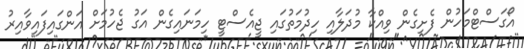
އޯގަސްޓްމަހުން ފެށިގެން ވިއްކާ މުދަލާއި ހިދުމަތުގައި ޖީއެސްޓީ ހިމަނައިގެން އަގު ޖެހުމަށް އަންގައިފައިވާއިރު